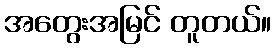
အတွေးအမြင် တူတယ်။